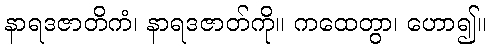
နာရဒဇာတိကံ၊ နာရဒဇာတ်ကို။ ကထေတွာ၊ ဟော၍။